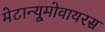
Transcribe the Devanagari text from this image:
मेटान्यूमोवायरस